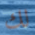
لك